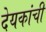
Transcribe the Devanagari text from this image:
देयकांची